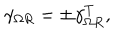
LaTeX: \gamma _ { \Omega R } = \pm \gamma _ { \Omega R } ^ { T } ,